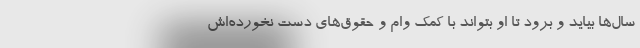
سال‌ها بیاید و برود تا او بتواند با کمک وام و حقوق‌های دست نخورده‌اش